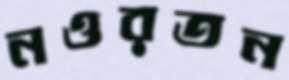
নওরতন